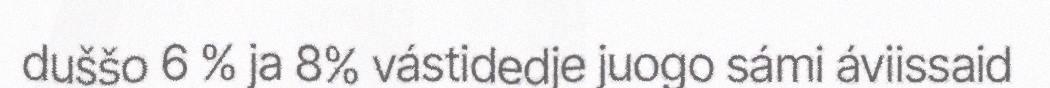
duššo 6 % ja 8% vástidedje juogo sámi áviissaid